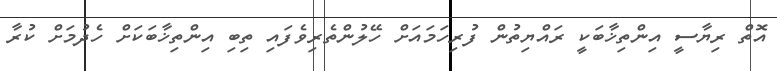
އޮތް ރިޔާސީ އިންތިޚާބަކީ ރައްޔިތުން ފުރިހަމައަށް ހޭލުންތެރިވެފައި ތިބި އިންތިޚާބަކަށް ހެދުމަށް ކުރާ